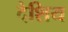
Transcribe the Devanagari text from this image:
देशिय